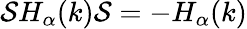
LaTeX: {\cal\mathcal{S}}H_{\alpha}(k){\cal\mathcal{S}}=-H_{\alpha}(k)